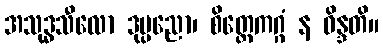
အသုဒ္ဓသီလော ဒုပ္ပညော၊ စိတ္တေကဂ္ဂံ န ဝိန္ဒတိ။